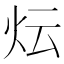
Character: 𭴈